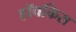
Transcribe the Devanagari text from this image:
हॉचकिस